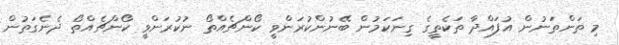
މި ތަންތަނުން އުފައްދާ ތަކެތީގެ ގިނަކަމުން ބޭނުންކުރަންވީ ކޯންޗެއްތޯ ނުކުރަންވީ ކޯންޗެއްތޯ ދެނެގަތުން